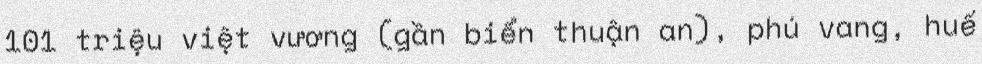
101 triệu việt vương (gần biển thuận an), phú vang, huế